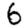
Digit: 6